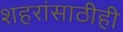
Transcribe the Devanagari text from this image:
शहरांसाठीही